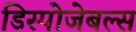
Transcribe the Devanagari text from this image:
डिस्पोजेबल्स